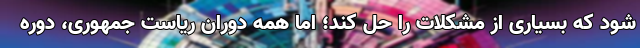
شود که بسیاری از مشکلات را حل کند؛ اما همه دوران ریاست جمهوری، دوره